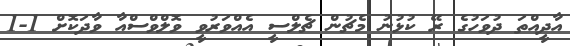
އާދީއްތަ ދުވަހުގެ ރޭ ކުޅުނު މެޗުން ޗެލްސީ އެއްވަރުވީ ވޮލްވްސްއާ ވާދަކޮށް 1-1